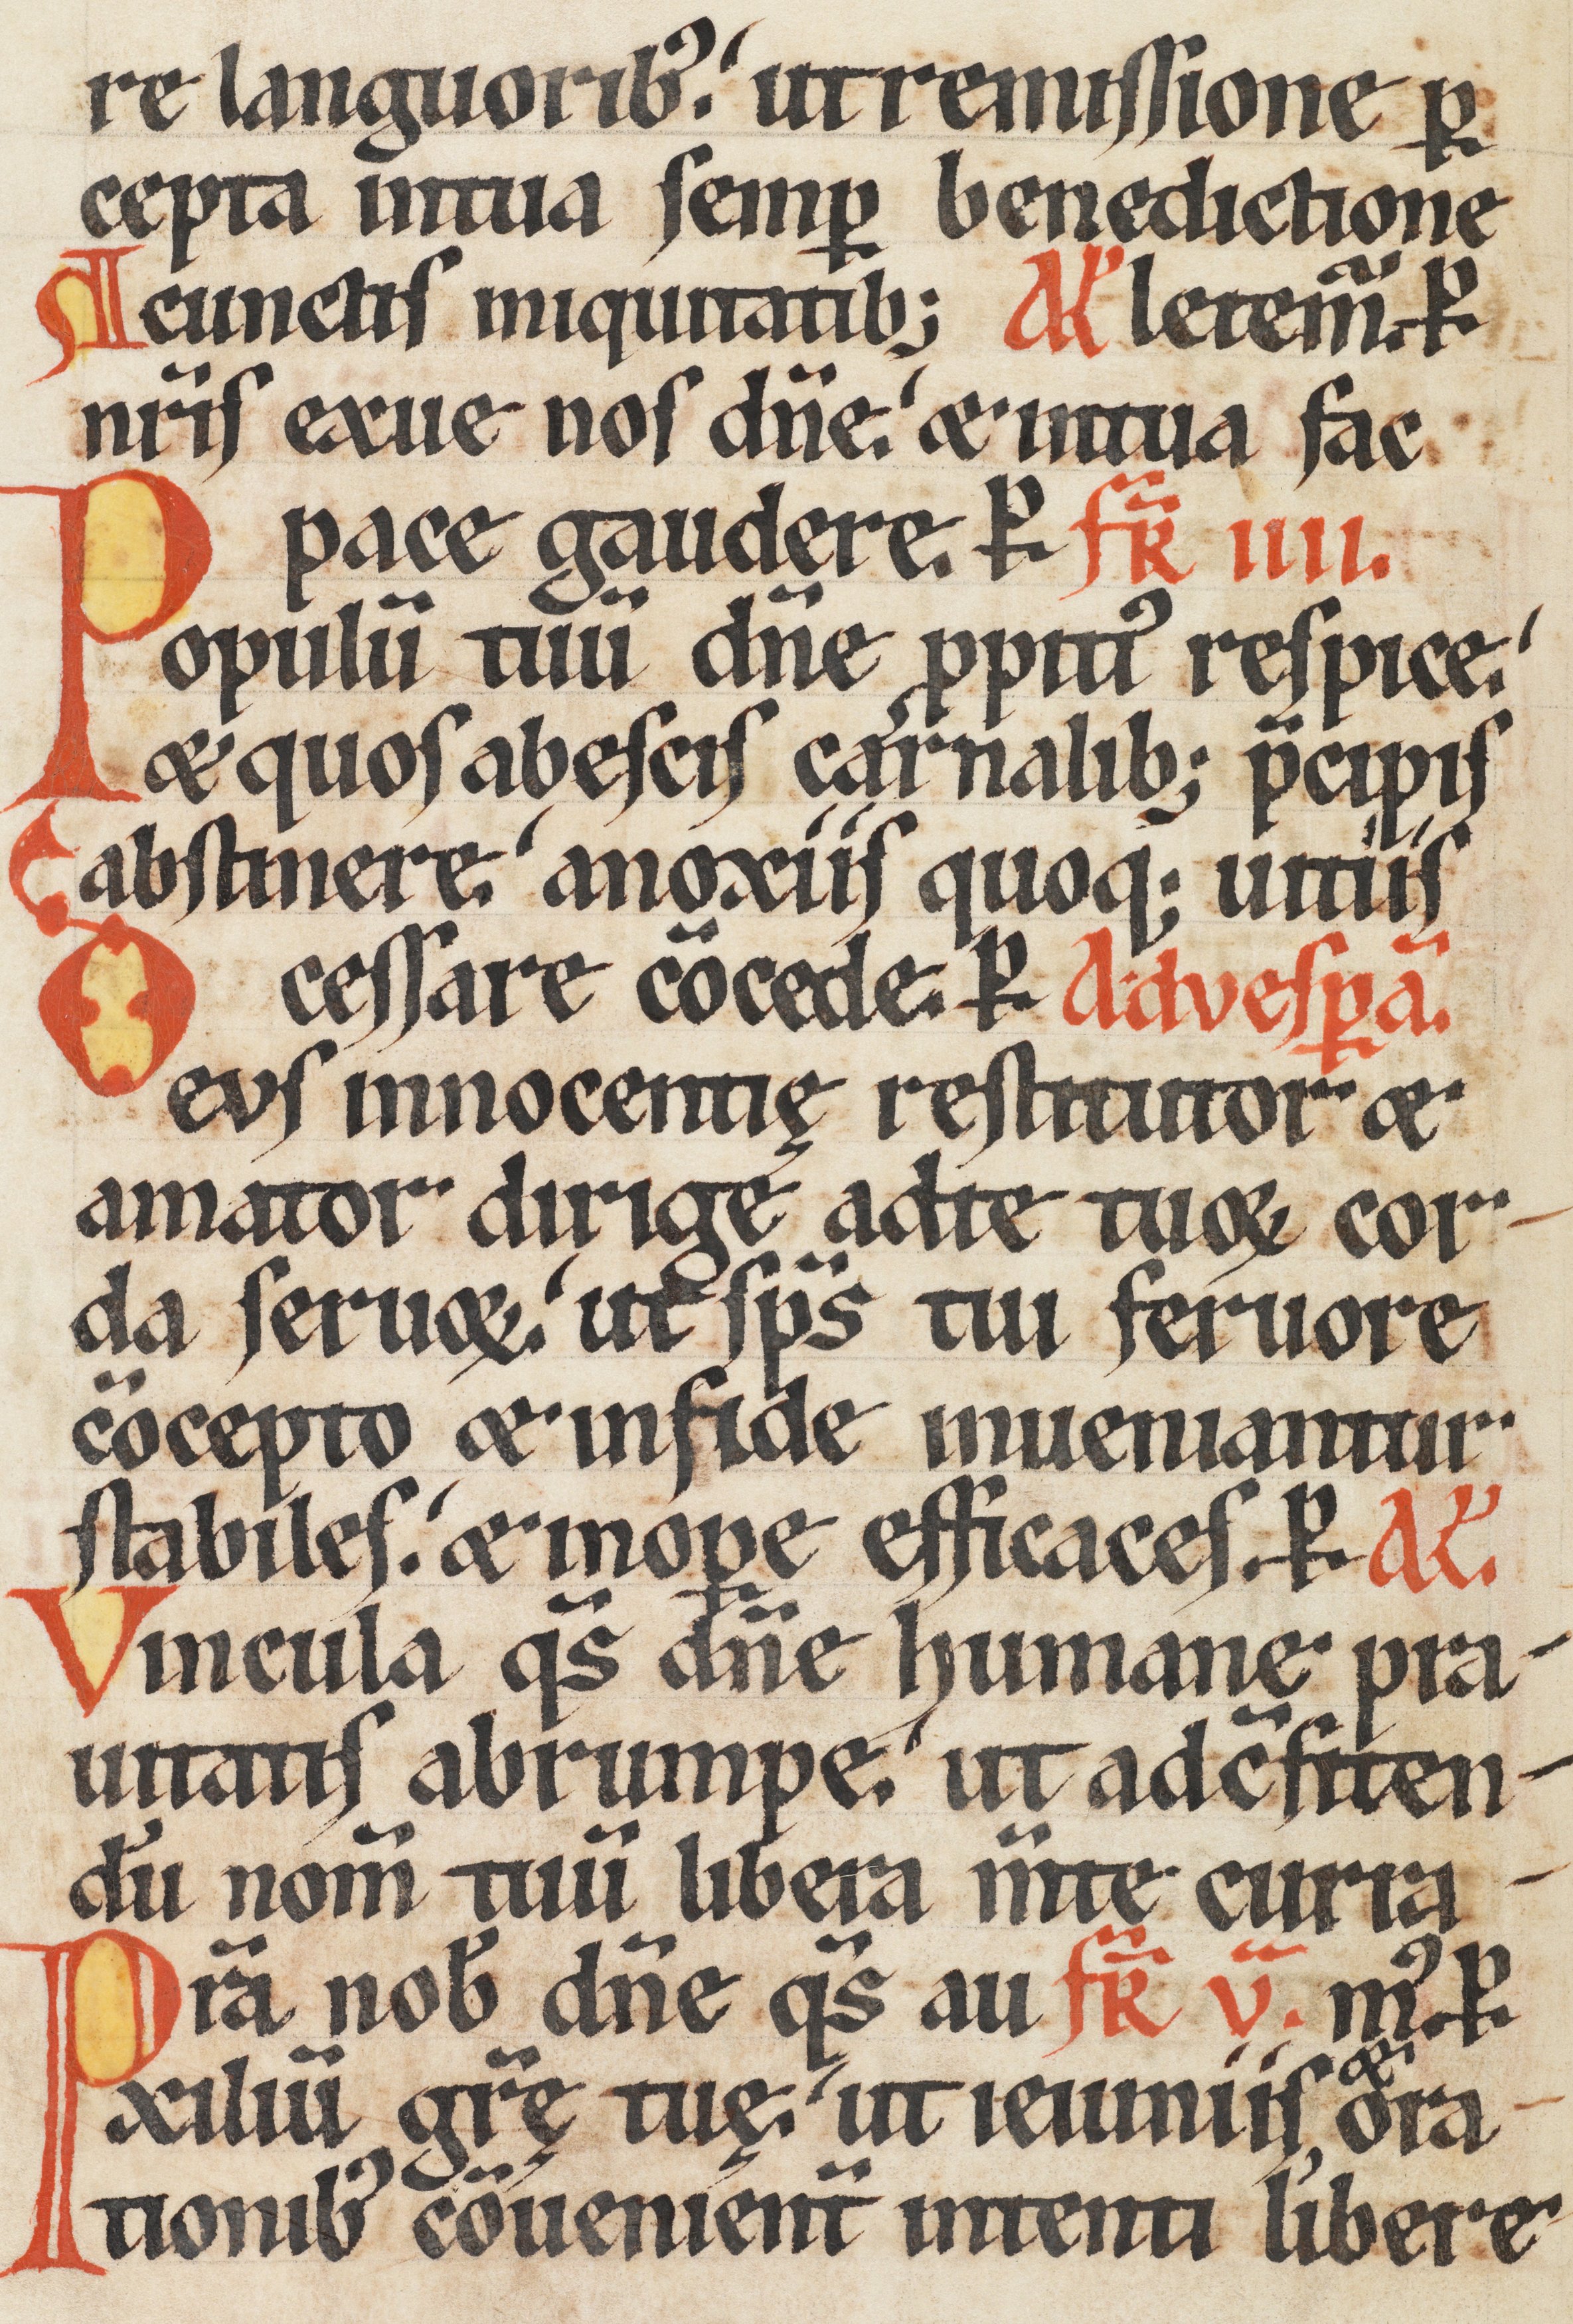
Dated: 1170–1230